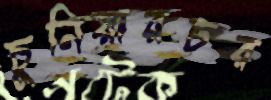
চুনিয়ারচর